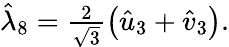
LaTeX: \begin{array}{r}{\hat{\lambda}_{8}=\frac{2}{\sqrt{3}}\left(\hat{u}_{3}+\hat{v}_{3}\right).}\end{array}